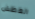
العطش